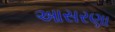
આસરણા